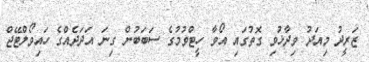
ޒަރީދު މިއަދު ވިދާޅުވި ގޮތުގައި އޯވާ ހީޓްވުމުގެ ސަބަބުން ގިނަ އަދަދެއްގެ ހައިވޯލްޓޭޖް